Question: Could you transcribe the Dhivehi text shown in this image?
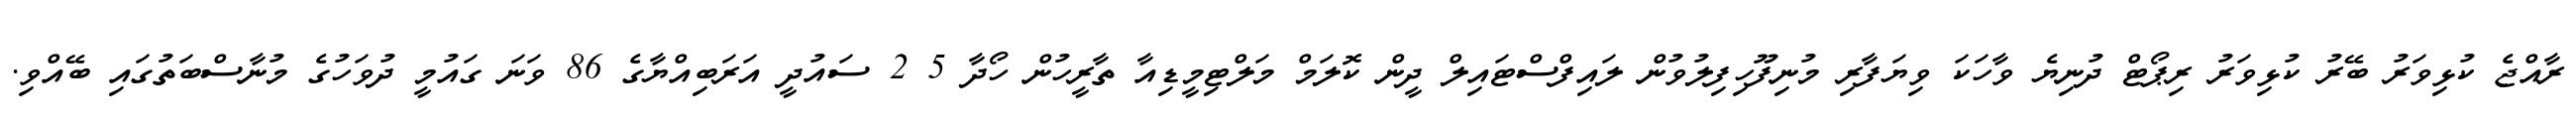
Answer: ރާއްޖެ ކުޅިވަރު ބޭރު ކުޅިވަރު ރިޕޯޓް ދުނިޔެ ވާހަކަ ވިޔަފާރި މުނިފޫހިފިލުވުން ލައިފްސްޓައިލް ދީން ކޮލަމް މަލްޓިމީޑިއާ ތާރީހުން ހޯދާ 5 2 ސައުދީ އަރަބިއްޔާގެ 86 ވަނަ ގައުމީ ދުވަހުގެ މުނާސްބަތުގައި ބޭއްވި.